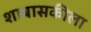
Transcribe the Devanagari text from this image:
शाबासकीला